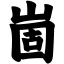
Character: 崮